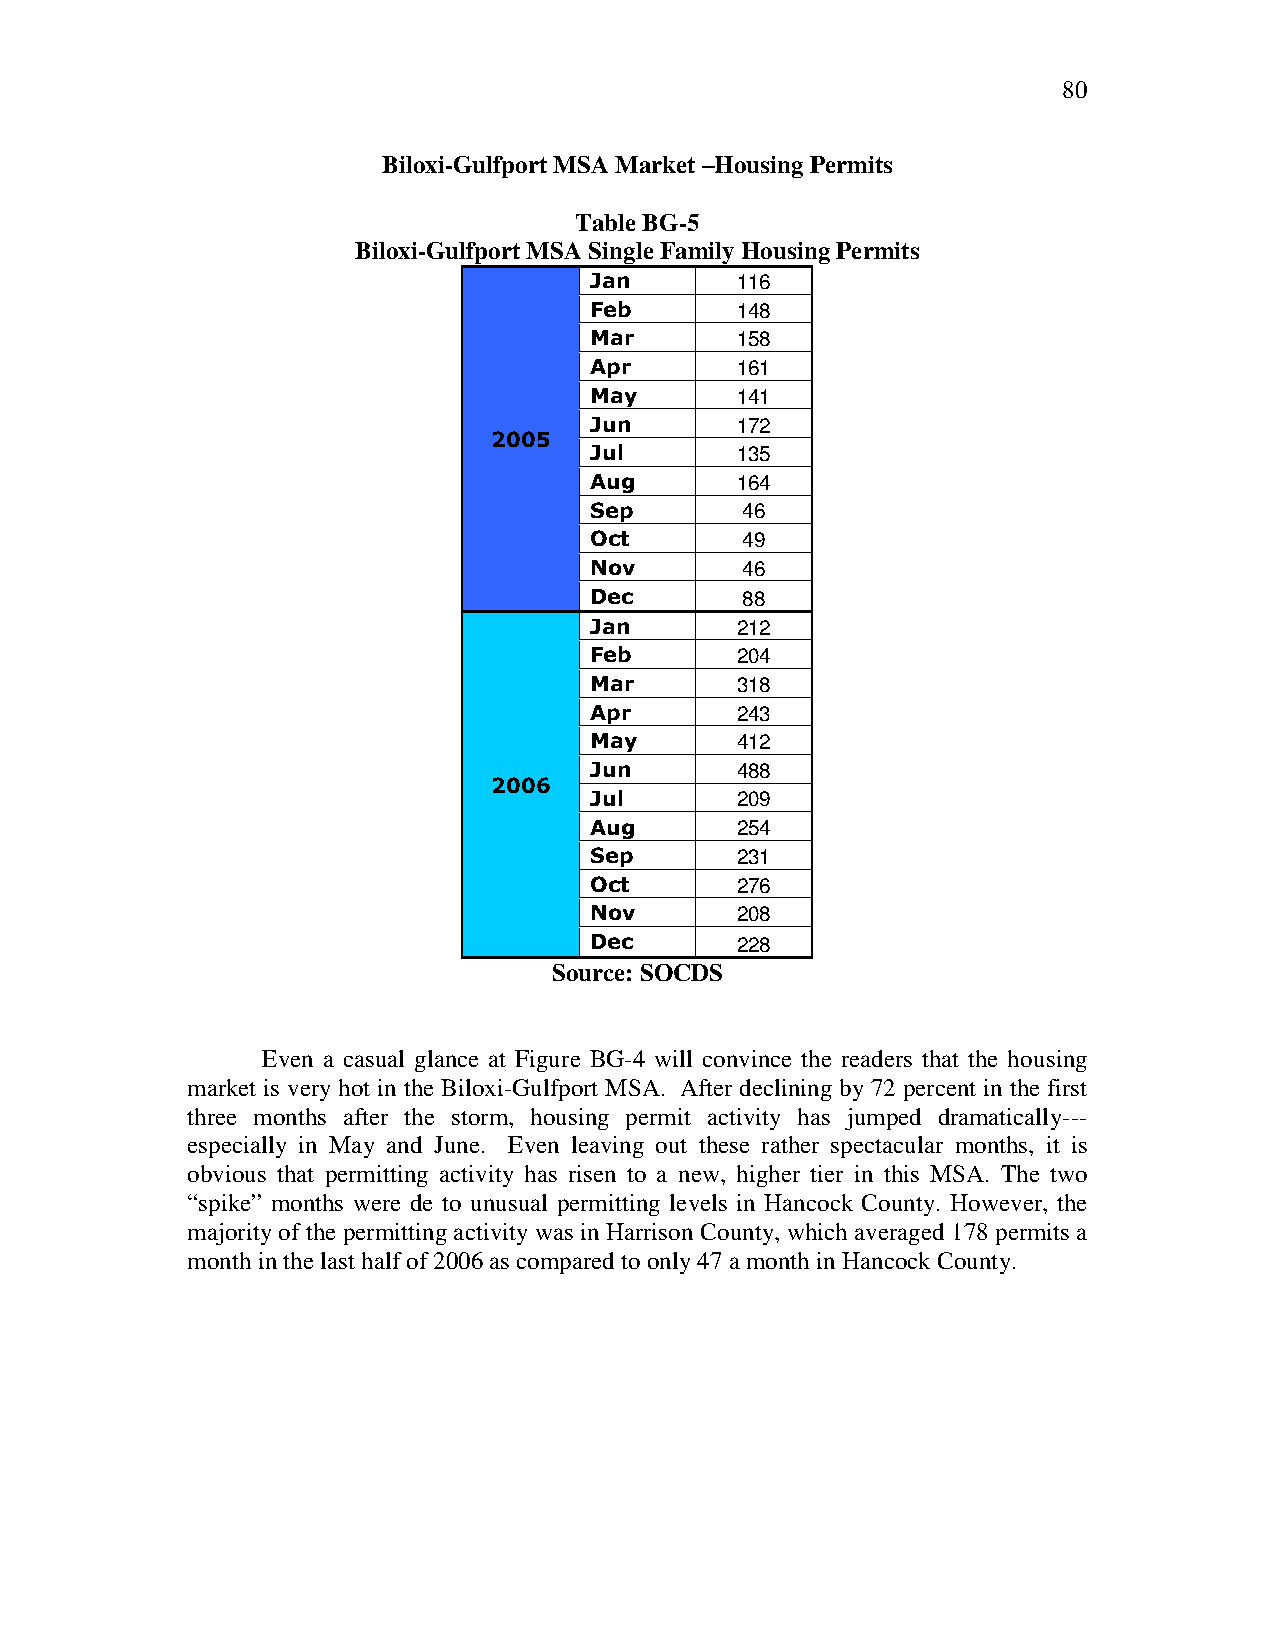
80
 Biloxi-Gulfport MSA Market –Housing Permits
 Table BG-5
 Biloxi-Gulfport MSA Single Family Housing Permits
 Jan       116
 Feb       148
 Mar       158
 Apr       161
 May       141
 Jun       172
 2005
 Jul       135
 Aug       164
 Sep       46
 Oct       49
 Nov       46
 Dec       88
 Jan       212
 Feb       204
 Mar       318
 Apr       243
 May       412
 Jun       488
 2006
 Jul       209
 Aug       254
 Sep       231
 Oct       276
 Nov       208
 Dec       228
 Source: SOCDS
 Even a casual glance at Figure BG-4 will convince the readers that the housing
 market is very hot in the Biloxi-Gulfport MSA. After declining by 72 percent in the first
 three months after the storm, housing permit activity has jumped dramatically---
 especially in May and June. Even leaving out these rather spectacular months, it is
 obvious that permitting activity has risen to a new, higher tier in this MSA. The two
 “spike” months were de to unusual permitting levels in Hancock County. However, the
 majority of the permitting activity was in Harrison County, which averaged 178 permits a
 month in the last half of 2006 as compared to only 47 a month in Hancock County.